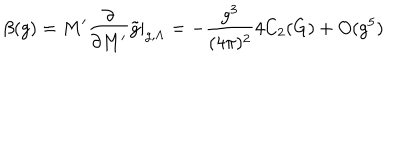
LaTeX: \beta ( g ) = M ^ { \prime } \frac { \partial } { \partial M ^ { \prime } } \tilde { g } | _ { g , \Lambda } = - \frac { g ^ { 3 } } { ( 4 \pi ) ^ { 2 } } 4 C _ { 2 } ( G ) + O ( g ^ { 5 } )